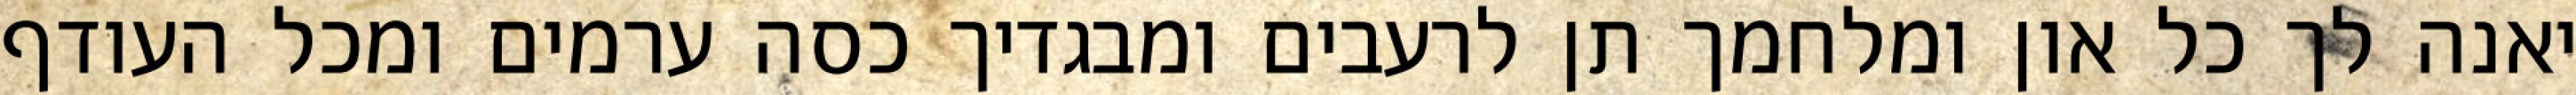
יאנה לך כל און ומלחמך תן לרעבים ומבגדיך כסה ערמים ומכל העודף